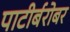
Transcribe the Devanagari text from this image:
पाटीर्बरोबर